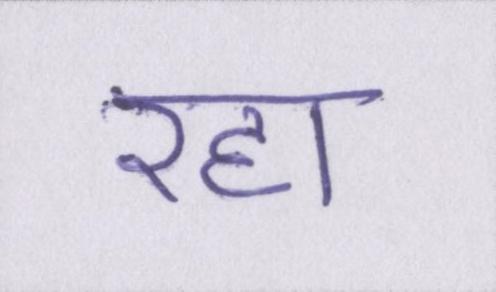
रहा